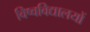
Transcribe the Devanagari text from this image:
विष्वविद्यालयों